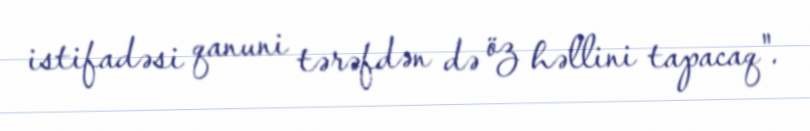
istifadəsi qanuni tərəfdən də öz həllini tapacaq".